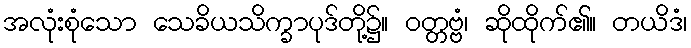
အလုံးစုံသော သေခိယသိက္ခာပုဒ်တို့၌။ ဝတ္တဗ္ဗံ၊ ဆိုထိုက်၏။ တယိဒံ၊